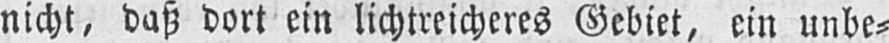
nicht, daß dort ein lichtreicheres Gebiet, ein unbe⸗